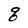
Character: q